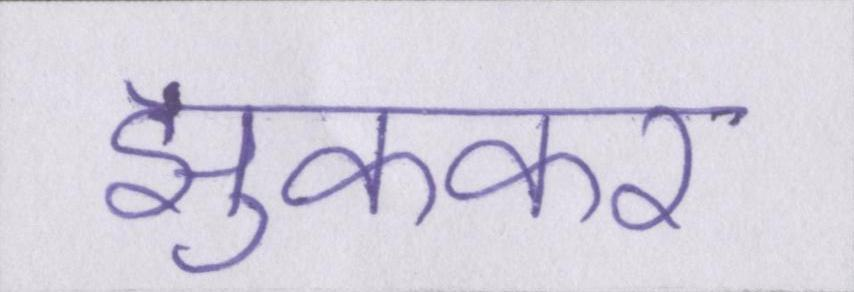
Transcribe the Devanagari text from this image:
झुककर